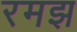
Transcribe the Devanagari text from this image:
रमझ